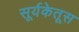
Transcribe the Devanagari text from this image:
सूर्यकेतूस